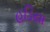
હડિયા